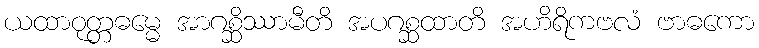
ယထာဝုတ္တဓမ္မေ အာဂစ္ဆိဿာမီတိ အပဂစ္ဆထာတိ အဟိရိကဗလံ ဗာဓကော